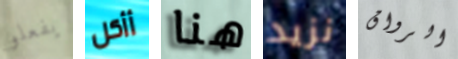
يفعلو أأكل هنا نزيد الرواق